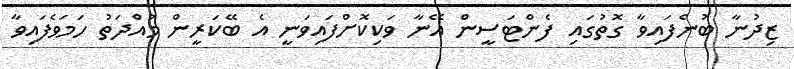
ޒިދުނާ ބުނެފައިވާ ގޮތުގައި ފެންޓަސީން އޭނާ ވަކިކޮށްފައިވަނީ އެ ބޭކަރީން މުއްދަތު ހަމަވެފައިވާ